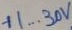
Text: +1..30V